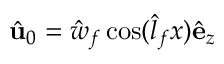
\hat { \mathbf { u } } _ { 0 } = \hat { w } _ { f } \cos ( \hat { l } _ { f } x ) \hat { \mathbf { e } } _ { z }